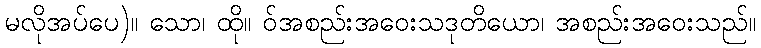
မလိုအပ်ပေ)။ သော၊ ထို။ ဝ်အစည်းအဝေးသဒုတိယော၊ အစည်းအဝေးသည်။